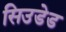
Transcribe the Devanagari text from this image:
सिउडेड